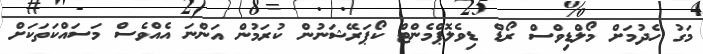
މަގު ހެދުމަށް މޯލްޑިވްސް ރޯޑް ޑިވެލޮޕްމެންޓް ކޯޕަރޭޝަނުން ކުރަމުން އަންނަ އެއްވެސް މަސައްކަތަކަށް